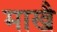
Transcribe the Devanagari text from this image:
माखै